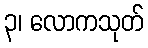
၃၊ လောကသုတ်